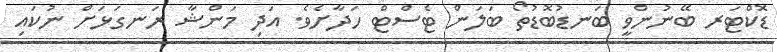
ޑޮކްޓަރ ބޭނުންވީ ބަނޑުބޮޑުތޯ ބަލަން ޓެސްޓް ހަދާށެވެ. އަދި މަންޝާ ރަނގަޅަށް ނުކައި